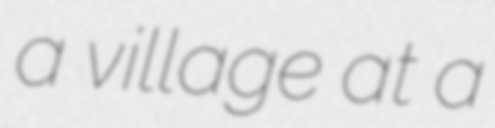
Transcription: a village at a